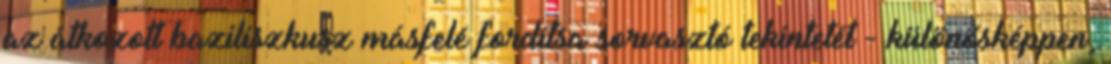
az átkozott baziliszkusz másfelé fordítsa sorvasztó tekintetét - különösképpen,